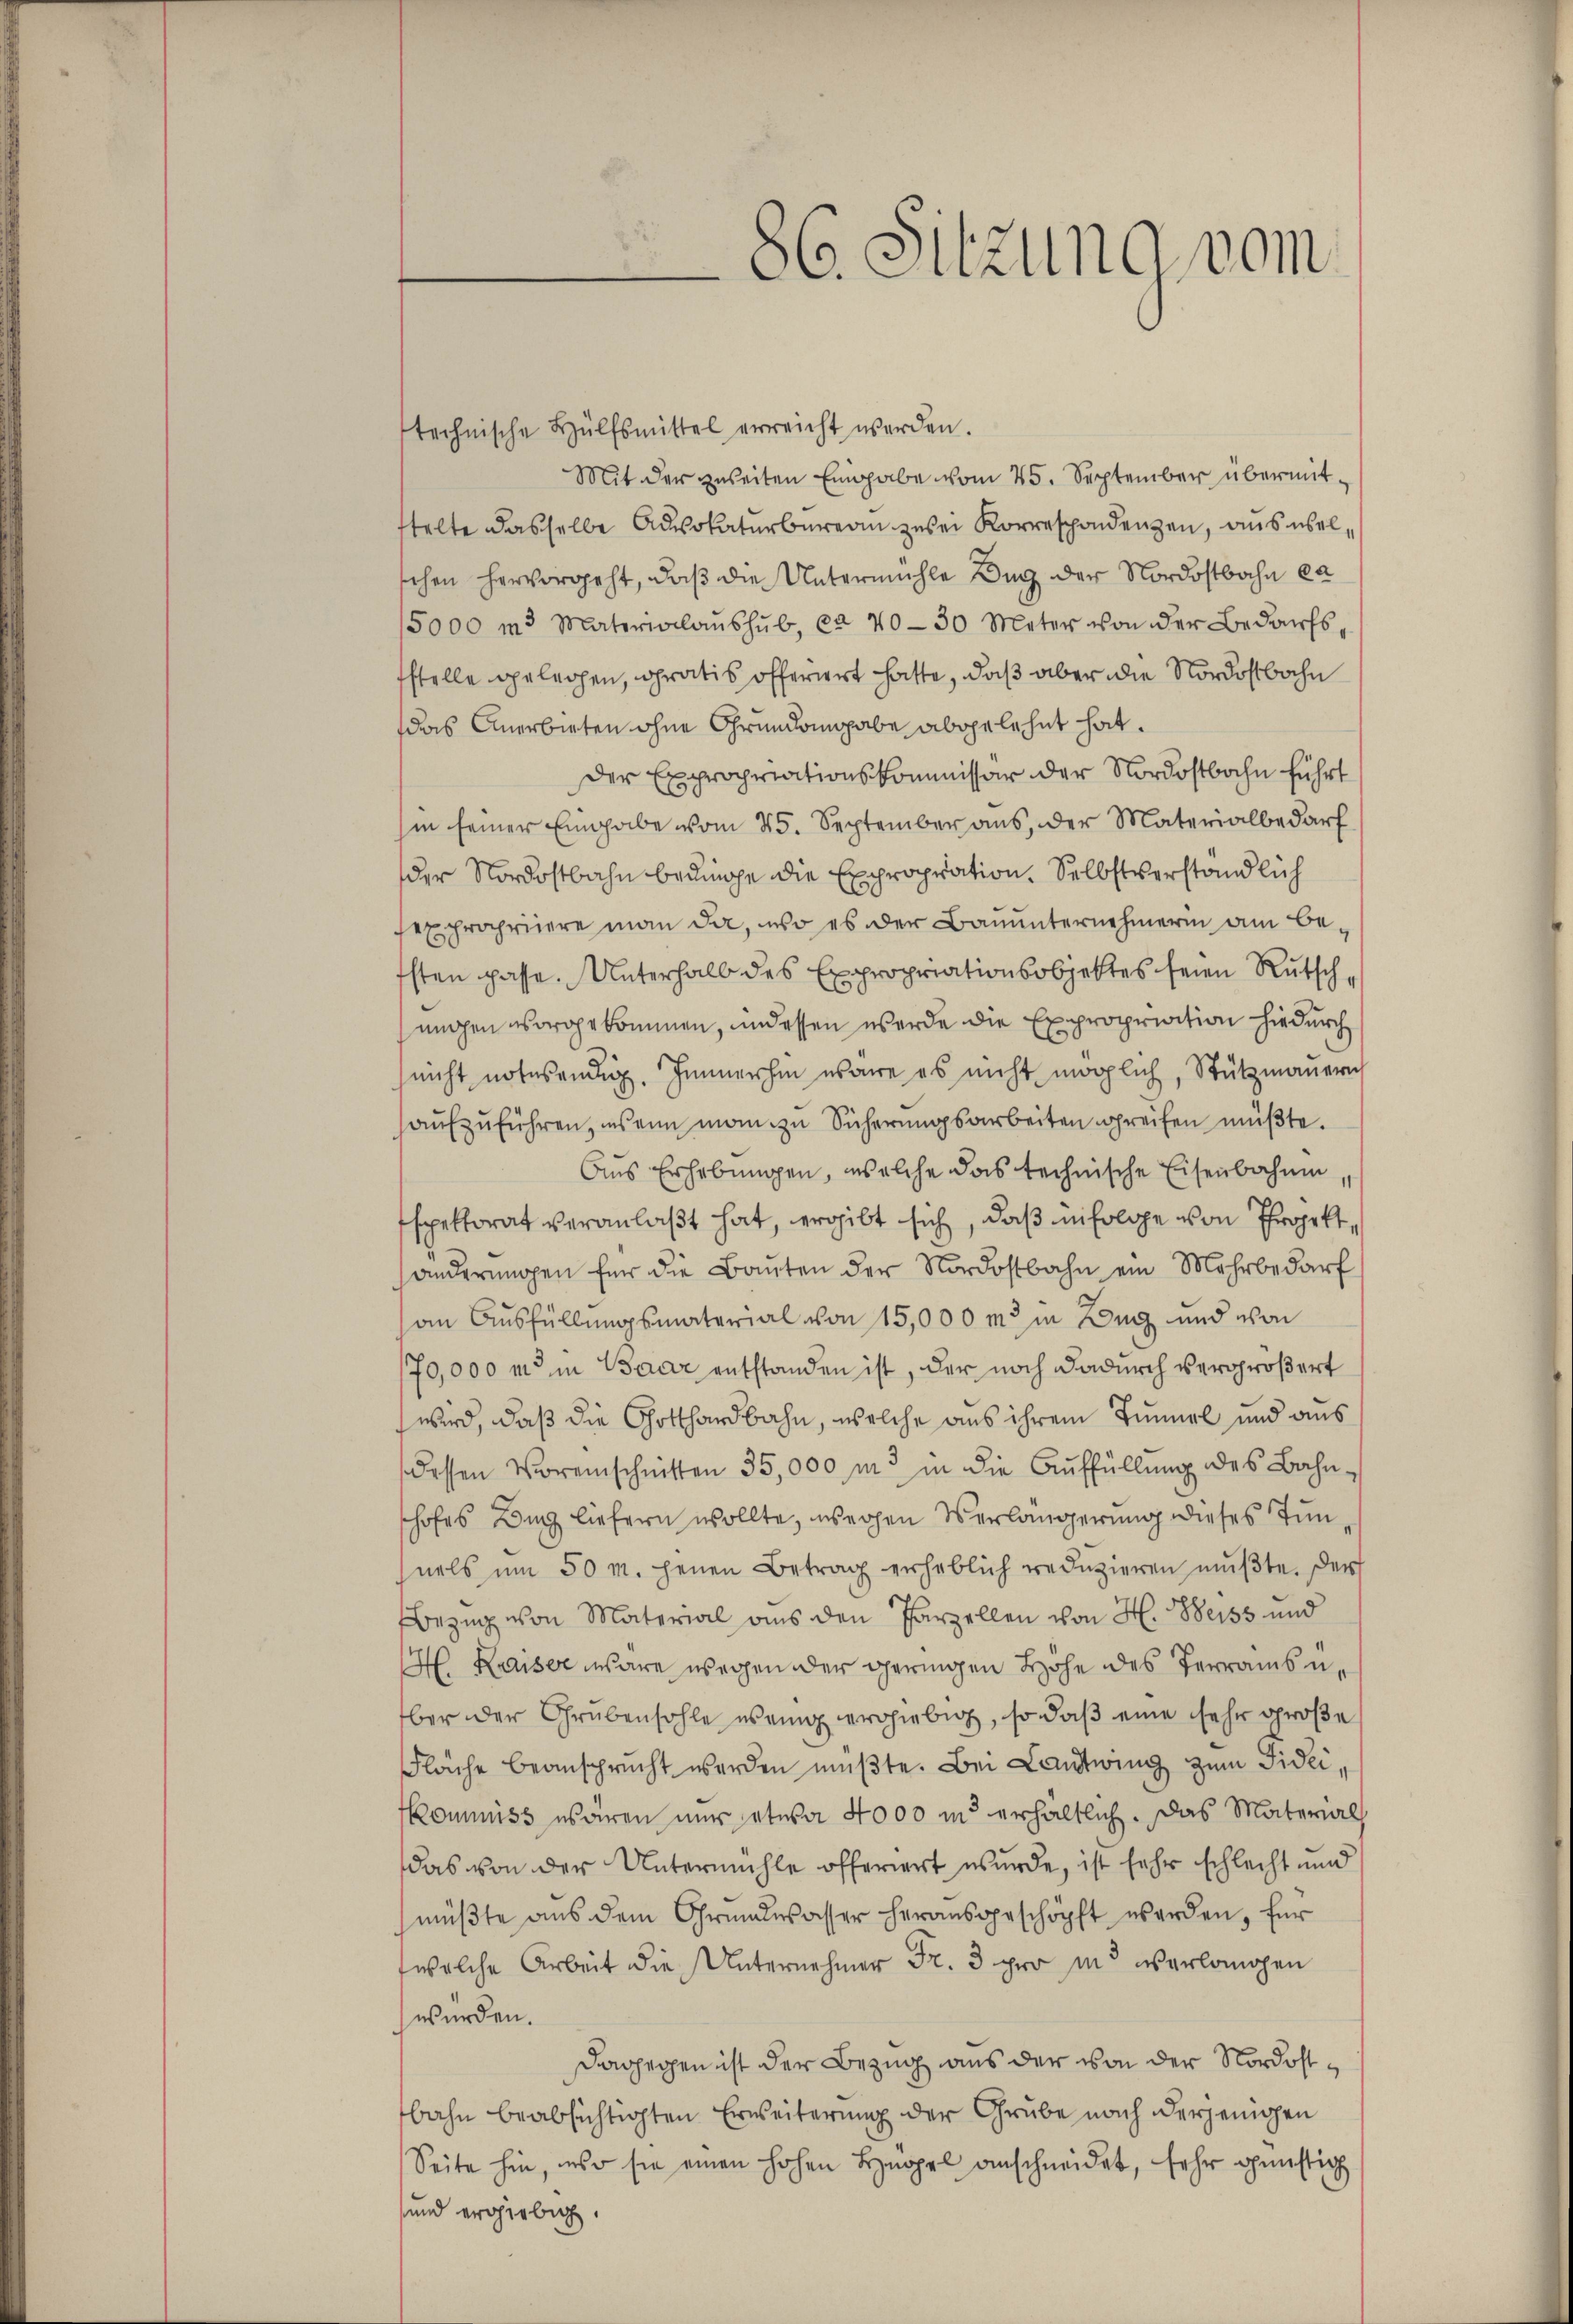
technische Hülfsmittel erreicht werden.
Mit der zweiten Eingabe vom 25. September übermitstelte dasselbe Ausokaturbureau zuer Korrespondenzen, aus welsehen hervorgeht, daß die Untermühle Zug der Nordostbahn ea
5000 m3 Materialanshŭb, ca 40-30 Meter von der Bedaŭfs-
sstelle gelegen, gratis offeriert hatte, daß aber die Nordostbahn
das Anerbieten ohne Grundangabe abgelehnt hat.
der Expropriationskommissär der Nordostbahn führt
hin seiner Eingabe vom 25. September aus, der Materialbedarf
der Nordostbahn bedinge die Expropration. Selbstverständlich
sexpropriiere man da, wo es der Bauunternehmerin am besten passe. Unterhalb des Expropriationsobjektes seien Rutschungen vorgekommen, und essen werde die Expropriation hiedurch
(nicht notwendig. Immerhin wäre es nicht möglich, Stützmauern
haŭfzŭführen, es ein man zu Sicherungsarbeiten greifen müßte.
Aus Erhebungen, welche das technische Eisenbahnen,
spektorat veranlaßt hat, ergibt sich, daß infolge von Projekt
änderungen für die Bauten der Nordostbahn ein Mehrbedarf
an Ausfüllungsmaterial von 15,000 m in Weg und von
70,000 m in Baar entstanden ist, der noch dadurch vergrößert
wird, daß die Gotthardbahn, welche aus ihrem Tunnel und aus
dessen Voreinschnitten 35,000 M in die Auffüllung des Bahnhofes Burg liefern wollte, wegen Verlängerung dieses Tunuels um 50 m. jenen Betrag erheblich redŭzieren mŭβte. Der
Bezug von Material aus den Parzellen von H. Weiss und
H. Kaiser wäre wegen der geringen Hohe des Terrainsuber der Grubensohle wenig ergiebig, so daß eine sehr große
Fläche beansprucht werden müβte. Bei Landtwing zum Fideifkommiss wären nur etwa 4000 is erhältlich. Das Materials
das von der Untermühle offeriert wurde, ist sehr schlecht und
müßte aus dem Grundwasser herausgeschöpft werden, für
welche Arbeit die Unternehmer Fr. 3 pro ins verlangen
würden.
dagegen ist der Bezug aus der von der Nordostbahn beabsichtigten Erweiterung der Grube nach derjenigen
Seite hin, so sie einen hohen Hnopel anschneidet, sehr günstig
und ergiebig.

86. Sitzung vom